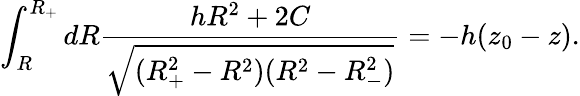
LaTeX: \int_{R}^{R_{+}}dR\frac{hR^{2}+2C}{\sqrt{(R_{+}^{2}-R^{2})(R^{2}-R_{-}^{2})}}=-h(z_{0}-z).